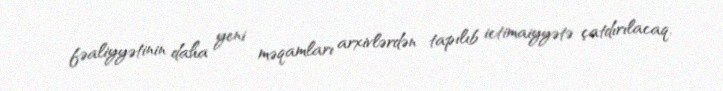
fəaliyyətinin daha yeni məqamları arxivlərdən tapılıb ictimaiyyətə çatdırılacaq.